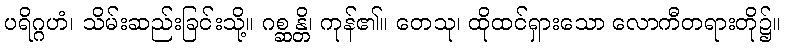
ပရိဂ္ဂဟံ၊ သိမ်းဆည်းခြင်းသို့။ ဂစ္ဆန္တိ၊ ကုန်၏။ တေသု၊ ထိုထင်ရှားသော လောကီတရားတို၌။